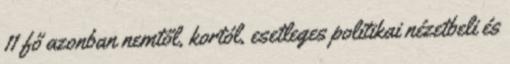
11 fő azonban nemtől, kortól, esetleges politikai nézetbeli és